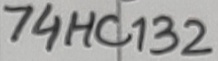
Text: 74HC132